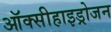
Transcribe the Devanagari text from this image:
ऑक्सीहाइड्रोजन